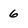
Character: 6